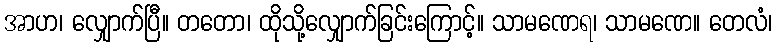
အာဟ၊ လျှောက်ပြီ။ တတော၊ ထိုသို့လျှောက်ခြင်းကြောင့်။ သာမဏေရ၊ သာမဏေ။ တေလံ၊